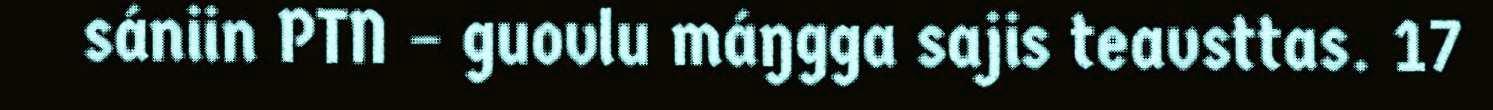
sániin PTN – guovlu máŋgga sajis teavsttas. 17